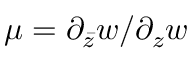
\mu = \partial _ { \bar { z } } w / \partial _ { z } w